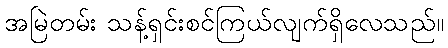
အမြဲတမ်း သန့်ရှင်းစင်ကြယ်လျက်ရှိလေသည်။